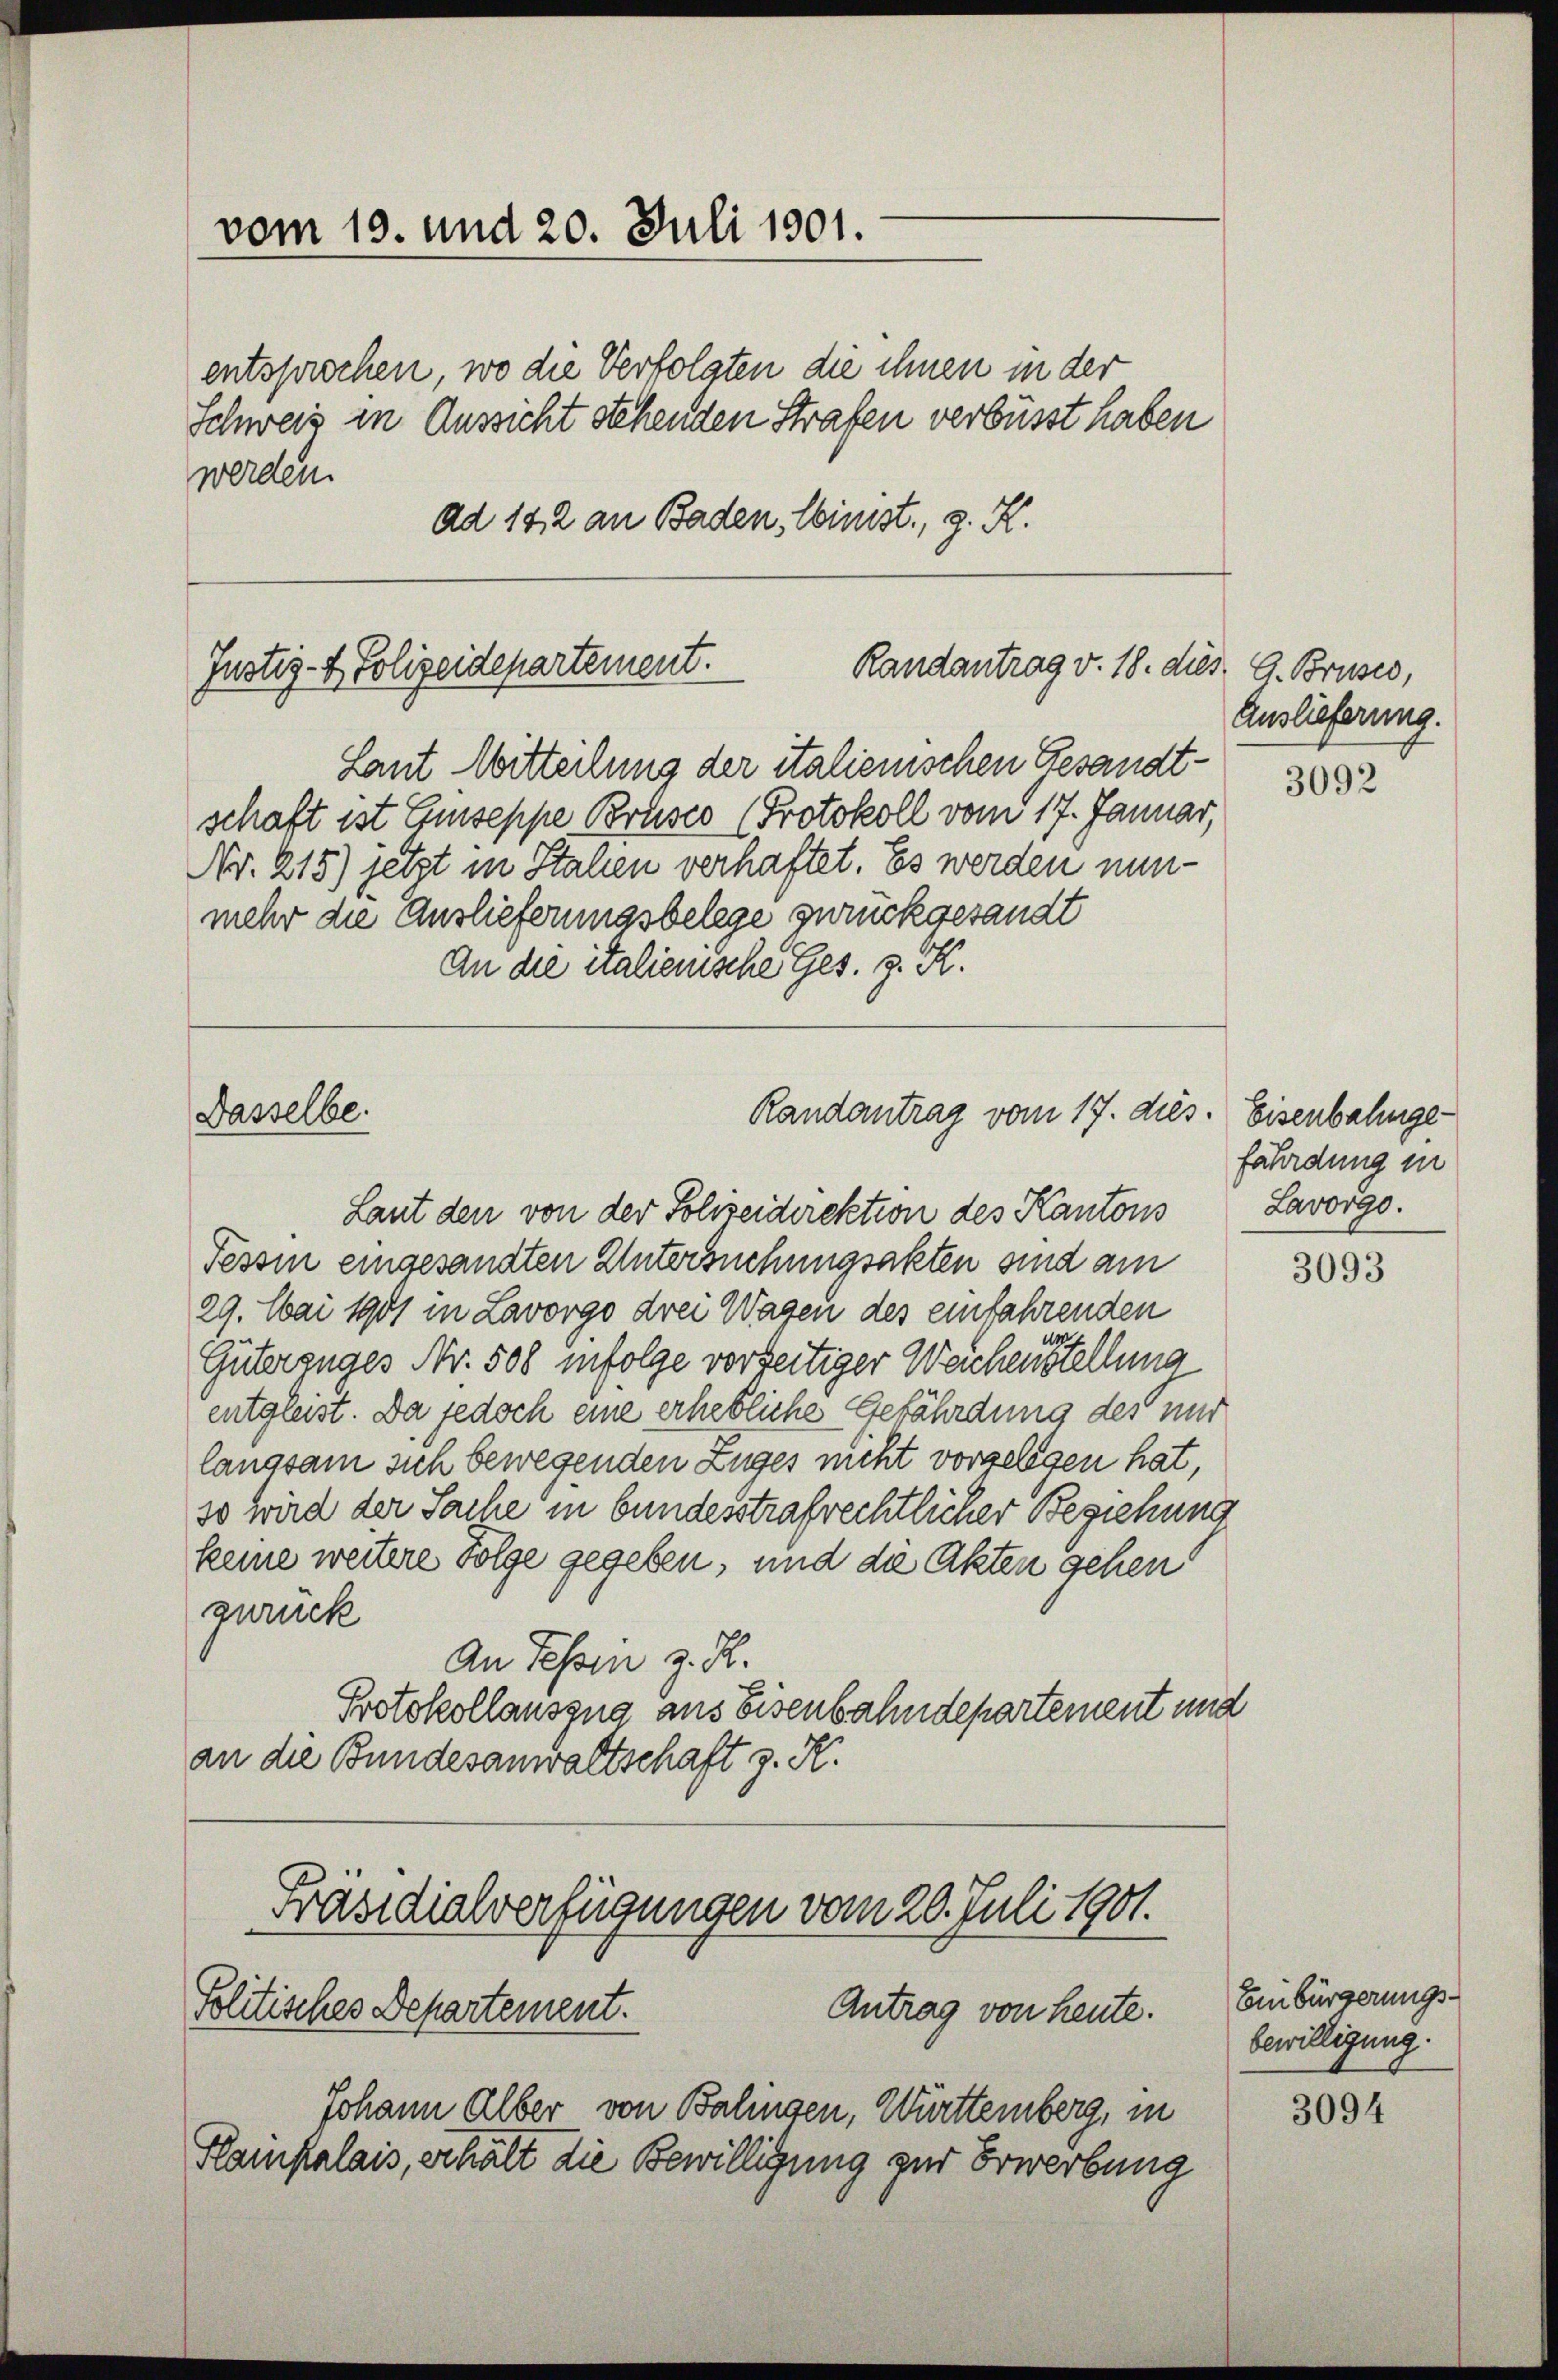
vom 19. und 20. Juli 1901.

entsprochen, wo die Verfolgten die ihnen in der

Justiz- & Polizeidepartement.
Randantrag v. 18. dies. G. Bruses,

Dasselbe.

Schweiz in Aussicht stehenden Strafen verbüsst haben
werden.
ad 182 an Baden, einist, z. K.

Laut Mitteilung der italienischen Gesandtschaft ist Eseppe Brusio (Protokoll vom 17. Januar,
Nr. 215) jetzt in Stallen verhaftet. Es werden nunmehr die Auslieferungsbelege zurückgesandt
An die italienische Ges. z. K.

Präsidialverfügungen vom 20. Juli 1901.
Antrag von heute.
Politisches Departement.

Johann Alber von Balingen, Württemberg, in
Klampalais, erhalten die Bewilligung zur Erwerbung

Randantrag vom 17. dies. Eisenbahnge¬
Laut den von der Polizeidirektion des Kantons Lavorgo.

Auslieferung.

Tessin eingesandten Untersuchungsakten sind am
29. Mai 1901 in Lavorgo drei Wagen des einfahrenden
Güterzuges Nr. 508 infolge vorseitiger Weichenstellung
entgleist. Da jedoch eine erhebliche Gefährdung des mir
langsam sich bewegenden Zuges nicht vorgelegen hat,
so wird der Sache in bundesstrafrechtlicher Beziehung
keine weitere Folge gegeben, und die Akten gehen
zurück
An Tessin z. R.
Protokollauszug aus Eisenbahndepartement und
an die Bundesanwaltschaft z. K.

3092

fährdung in

3093

Einbürgerungsbewilligung.

3094